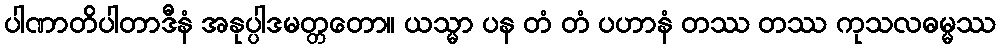
ပါဏာတိပါတာဒီနံ အနုပ္ပါဒမတ္တတော။ ယသ္မာ ပန တံ တံ ပဟာနံ တဿ တဿ ကုသလဓမ္မဿ